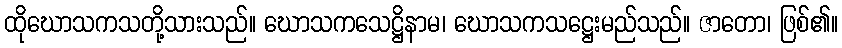
ထိုဃောသကသတို့သားသည်။ ဃောသကသေဋ္ဌိနာမ၊ ဃောသကသဋ္ဌေးမည်သည်။ ဇာတော၊ ဖြစ်၏။